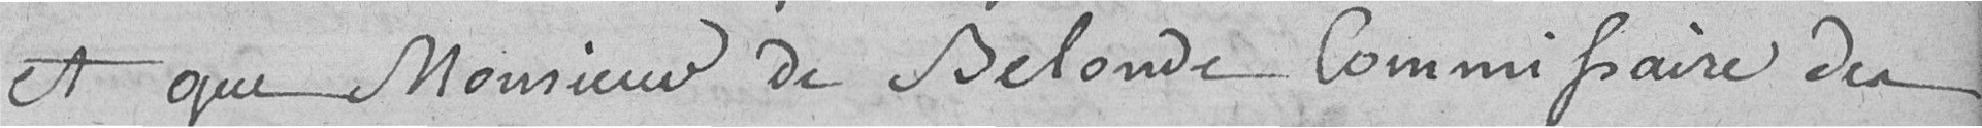
et que Monsieur de Belonde Commissaire des